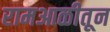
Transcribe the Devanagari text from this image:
रामआळीतून